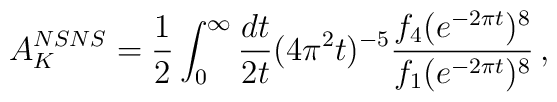
A^{NSNS}_K = {1\over 2}\int_0^\infty{dt\over 2t} (4\pi^2t)^{-5}           {f_4(e^{-2\pi t})^8\over f_1(e^{-2\pi t})^8} \,,